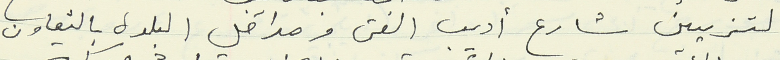
لتزيين شارع أديب الفتى ومداخل البلدة بالتعاون